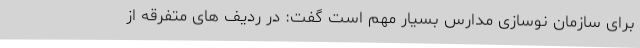
برای سازمان نوسازی مدارس بسیار مهم است گفت: در ردیف های متفرقه از